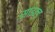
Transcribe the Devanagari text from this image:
साइन्ड